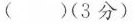
( )(3分)